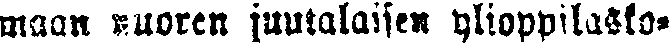
maan nuoren juutalaisen ylioppilasko-